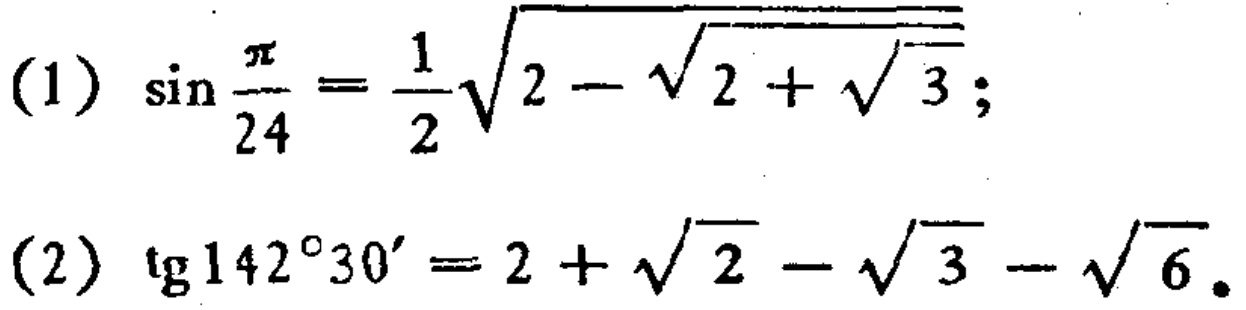
(1) \(\sin\frac{\pi}{24}=\frac{1}{2}\sqrt{2 - \sqrt{2+\sqrt{3}}}\);

(2) \(\mathrm{tg}142^{\circ}30' = 2+\sqrt{2}-\sqrt{3}-\sqrt{6}\)